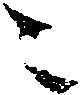
ニ